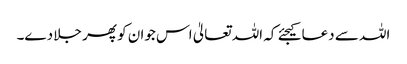
اللہ سے دعا کیجئے کہ اللہ تعالیٰ اس جوان کو پھر جلا دے۔